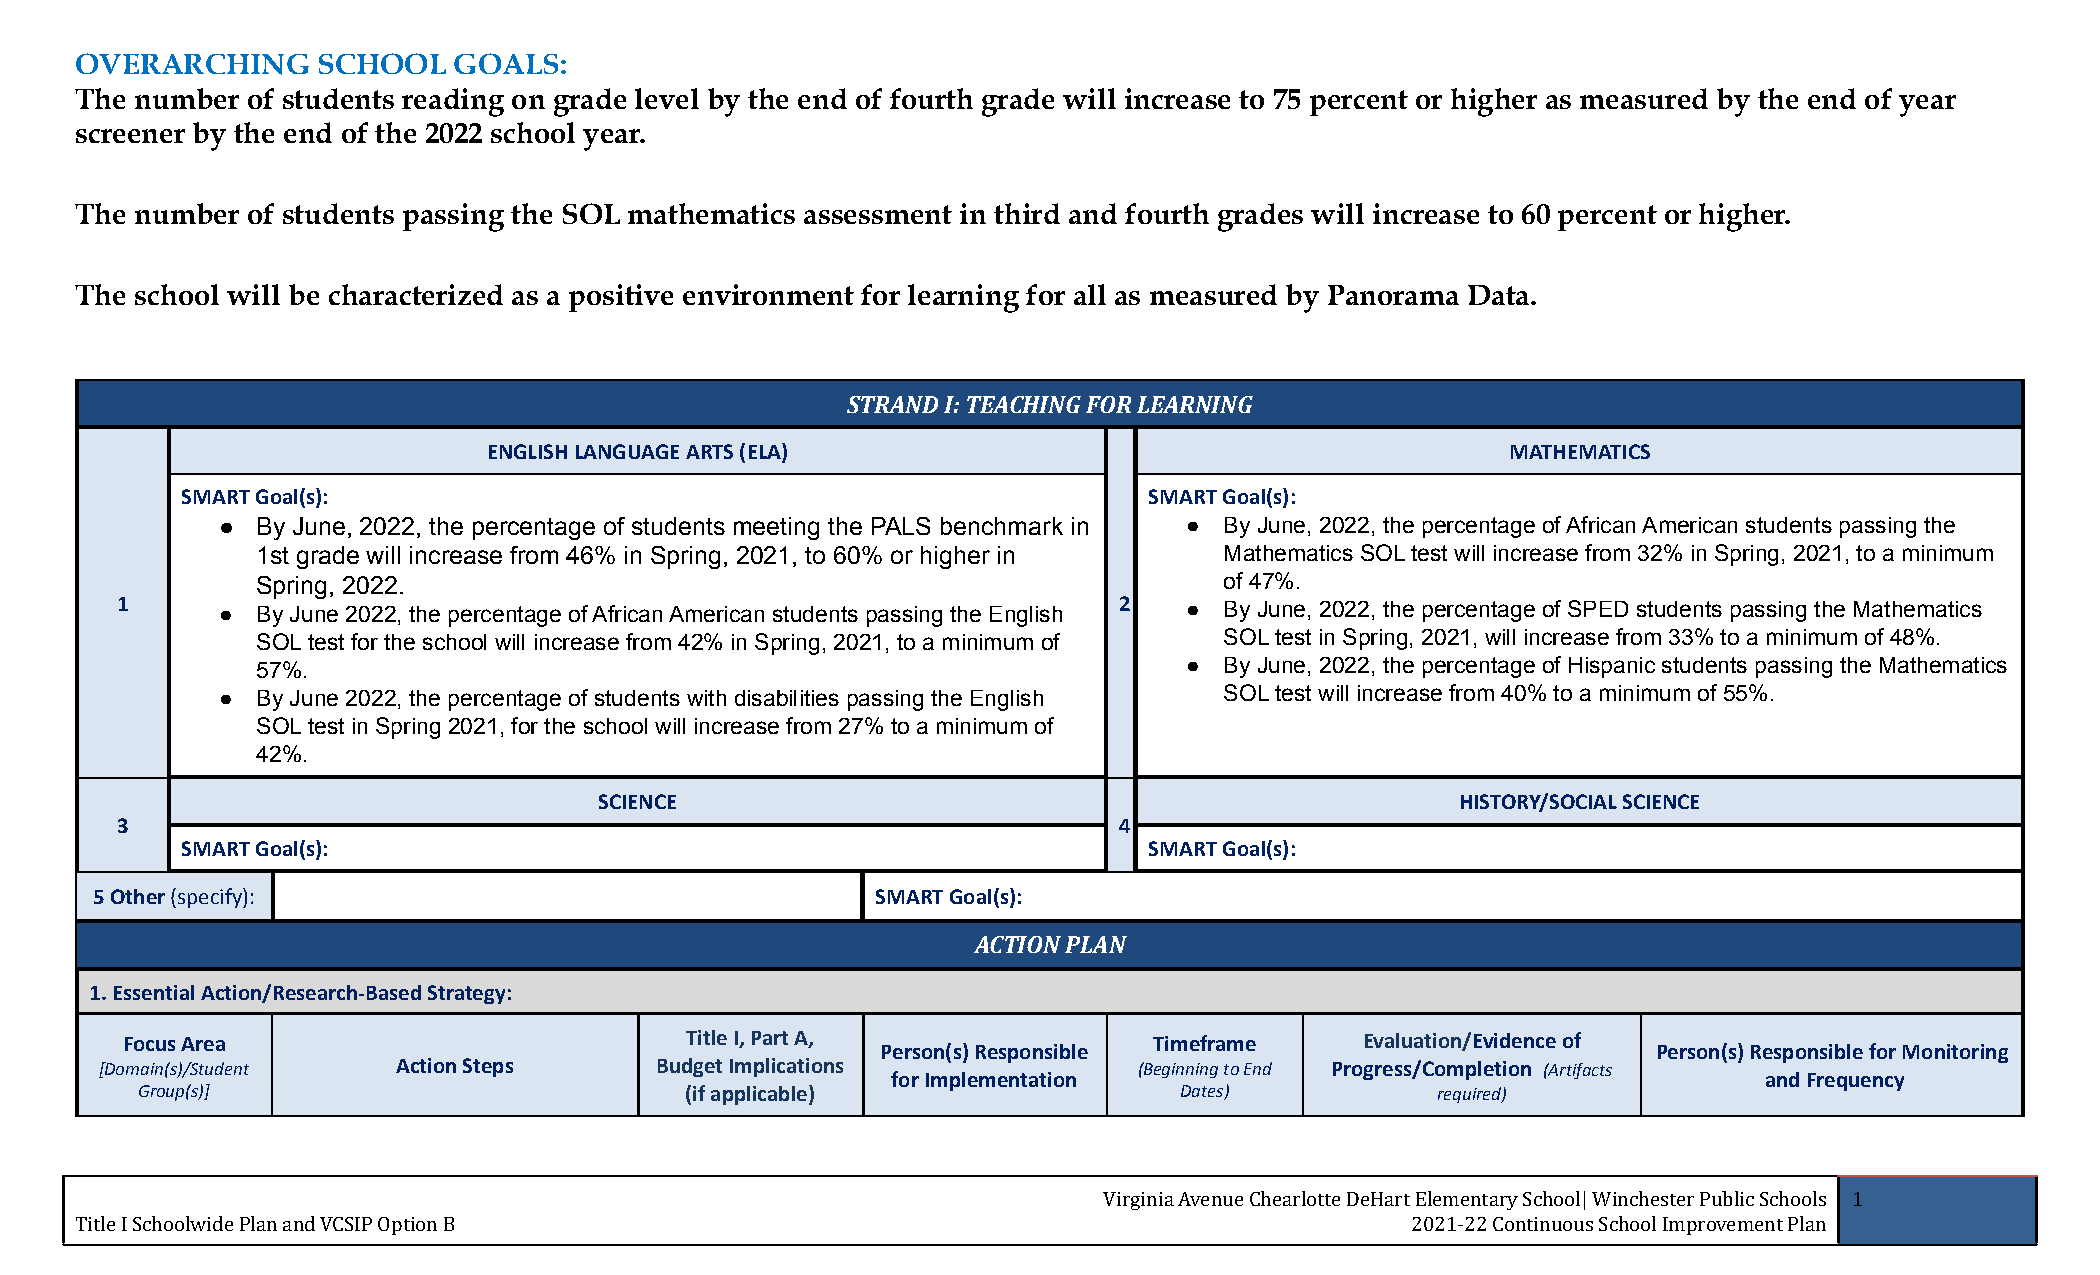
OVERARCHING     SCHOOL   GOALS:
 The number of students reading on grade level by the end of fourth grade will increase to 75 percent or higher as measured by the end of year
 screener by the end of the 2022 school year.
 The number of students passing the SOL mathematics assessment in third and fourth grades will increase to 60 percent or higher.
 The school will be characterized as a positive environment for learning for all as measured by Panorama Data.
 STRAND I: TEACHING FOR LEARNING
 ENGLISH LANGUAGE ARTS (ELA)                                         MATHEMATICS
 SMART Goal(s):                                                  SMART Goal(s):
 ●  By June, 2022, the percentage of students meeting the PALS benchmark in ● By June, 2022, the percentage of African American students passing the
 1st grade will increase from 46% in Spring, 2021, to 60% or higher in Mathematics SOL test will increase from 32% in Spring, 2021, to a minimum
 Spring, 2022.                                                   of 47%.
 1     ●  By June 2022, the percentage of African American students passing the English 2 ● By June, 2022, the percentage of SPED students passing the Mathematics
 SOL test for the school will increase from 42% in Spring, 2021, to a minimum of SOL test in Spring, 2021, will increase from 33% to a minimum of 48%.
 57%.                                                          ● By June, 2022, the percentage of Hispanic students passing the Mathematics
 ●  By June 2022, the percentage of students with disabilities passing the English SOL test will increase from 40% to a minimum of 55%.
 SOL test in Spring 2021, for the school will increase from 27% to a minimum of
 42%.
 SCIENCE                                                  HISTORY/SOCIAL SCIENCE
 3                                                                 4
 SMART Goal(s):                                                  SMART Goal(s):
 5 Other(specify):                                   SMART Goal(s):
 ACTION PLAN
 1. Essential Action/Research-Based Strategy:
 Focus Area                           Title I, Part A,               Timeframe     Evaluation/Evidence of
 Person(s) Responsible                               Person(s) Responsible for Monitoring
 [Domain(s)/Student Action Steps     Budget Implications             (Beginning to End Progress/Completion (Artifacts
 for Implementation                                        and Frequency
 Group(s)]                           (if applicable)                  Dates)           required)
 Virginia Avenue Chearlotte DeHart Elementary School| Winchester Public Schools 1
 Title I Schoolwide Plan and VCSIP Option B                                              2021-22 Continuous School Improvement Plan